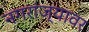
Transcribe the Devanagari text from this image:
नगरांज्यावर